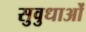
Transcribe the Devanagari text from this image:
सुवुधाओं